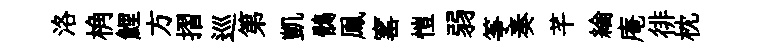
洛桷鯉方摺巡第凱鶻鳯窰愷弱筝奏芊綸庵徘枕